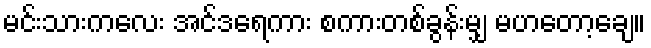
မင်းသားကလေး အင်ဒရေကား စကားတစ်ခွန်းမျှ မဟတော့ချေ။